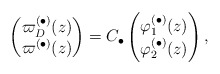
\begin{align*}\begin{pmatrix} \varpi_D^{(\bullet)}(z) \\ \varpi^{(\bullet)}(z) \end{pmatrix}= C_{\bullet}\begin{pmatrix}\varphi_1^{(\bullet)}(z) \\ \varphi_2^{(\bullet)}(z) \end{pmatrix},\end{align*}